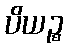
ပိယဉ္စ